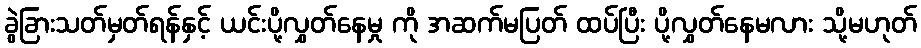
ခွဲခြားသတ်မှတ်ရန်နှင့် ယင်းပို့လွှတ်နေမှု ကို အဆက်မပြတ် ထပ်ပြီး ပို့လွှတ်နေမလား သို့မဟုတ်